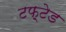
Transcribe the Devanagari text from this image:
टफ़्टेड